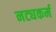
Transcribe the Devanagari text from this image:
नट्यकर्म